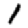
Digit: 1